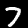
Label: 7